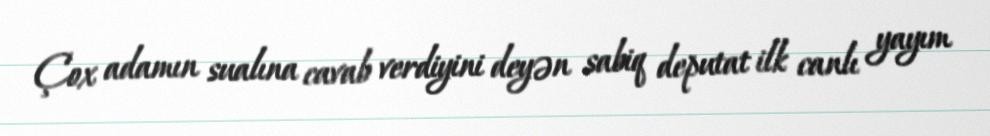
Çox adamın sualına cavab verdiyini deyən sabiq deputat ilk canlı yayım